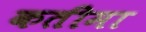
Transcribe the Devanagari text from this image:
कतीमा